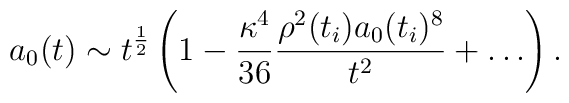
a_0(t) \sim t^{\frac{1}{2}} \left( 1-\frac{\kappa^4}{36} \frac{\rho^2(t_i)a_0(t_i)^8}{t^2} +\ldots \right).